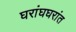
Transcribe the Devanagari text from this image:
घरांघघरांत